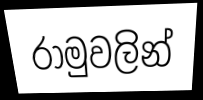
රාමුවලින්